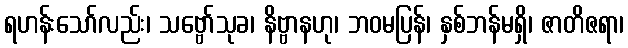
ရဟန်းသော်လည်း၊ သဗ္ဗော်သုခ၊ နိဗ္ဗာနဟု၊ ဘဝမပြန်၊ နှစ်ဘန်မရှိ၊ ဇာတိဇရာ၊